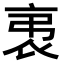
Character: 𧘨